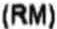
(RM)